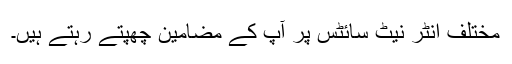
مختلف انٹر نیٹ سائٹس پر آپ کے مضامین چھپتے رہتے ہیں۔